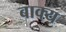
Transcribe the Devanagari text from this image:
बाक्य